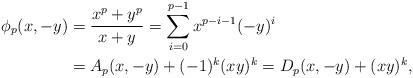
LaTeX: \begin{align*} \begin{aligned} \phi_p(x, -y) &= \dfrac{x^p + y^p}{x+y} = \sum_{i=0}^{p-1} x^{p-i-1}(-y)^i \\ &= A_p(x, -y) + (-1)^k(xy)^k = D_p(x, -y) + (xy)^k,\\\end{aligned}\end{align*}